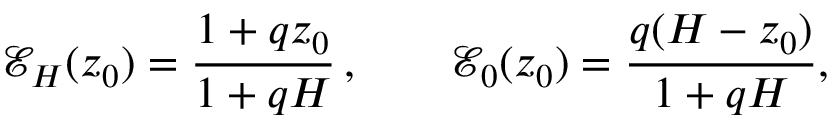
\mathcal { E } _ { H } ( z _ { 0 } ) = \frac { 1 + q z _ { 0 } } { 1 + q H } \, , \qquad \mathcal { E } _ { 0 } ( z _ { 0 } ) = \frac { q ( H - z _ { 0 } ) } { 1 + q H } ,